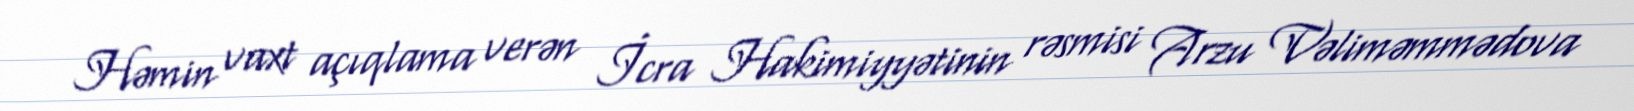
Həmin vaxt açıqlama verən İcra Hakimiyyətinin rəsmisi Arzu Vəliməmmədova